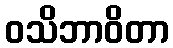
ဝသိဘာဝိတာ